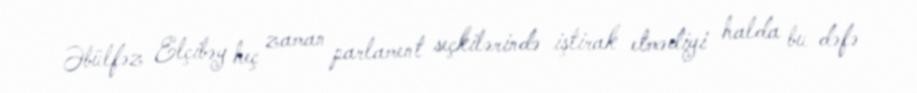
Əbülfəz Elçibəy heç zaman parlament seçkilərində iştirak etmədiyi halda bu dəfə